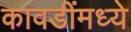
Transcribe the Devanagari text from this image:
कावडींमध्ये